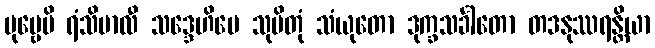
ပုဗ္ဗေပိ ရံသိမာလီ သဒ္ဒေဟိပေ သုပိတုံ သံယုတော ဒုက္ခသင်္ခါတော တဒနုဿရန္တိယာ